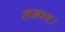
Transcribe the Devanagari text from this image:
तनाव।